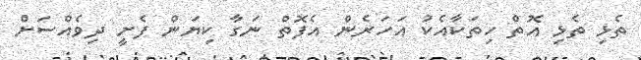
ތެޅި ތެޅި އޮތް ހިތަކާއެކު އަހަރެން އެފޮތް ނަގާ ކިޔަން ފެށީ ދިވެއްސަށް